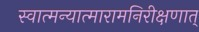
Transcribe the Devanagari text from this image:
स्वात्मन्यात्मारामनिरीक्षणात्